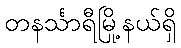
တနင်္သာရီမြို့နယ်ရှိ